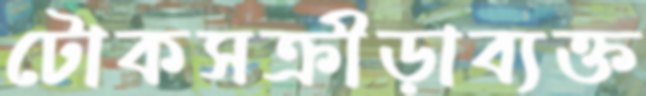
টোকসক্রীড়াব্যক্ত